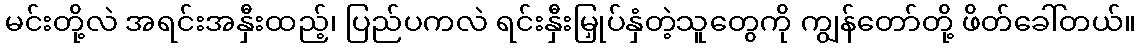
မင်းတို့လဲ အရင်းအနှီးထည့်၊ ပြည်ပကလဲ ရင်းနှီးမြှုပ်နှံတဲ့သူတွေကို ကျွန်တော်တို့ ဖိတ်ခေါ်တယ်။